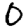
Digit: 0